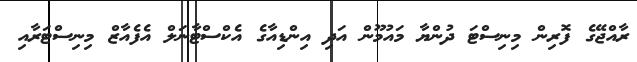
ރާއްޖޭގެ ފޮރިން މިނިސްޓަ ދުންޔާ މައުމޫން އަދި އިންޑިއާގެ އެކްސްޓާނަލް އެފެއާޒް މިނިސްޓަރާއި